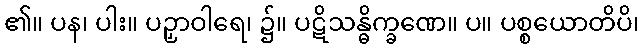
၏။ ပန၊ ပါး။ ပဉှာဝါရေ၊ ၌။ ပဋိသန္ဓိက္ခဏေ။ ပ။ ပစ္စယောတိပိ၊